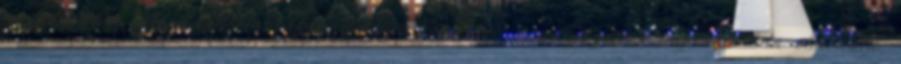
megjelenteket. Dankó Béla országgyűlési képviselő a pályázattal kapcsolatban elmondta,